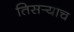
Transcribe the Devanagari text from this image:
तिसर्‍याच